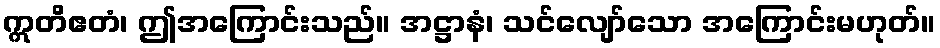
ဣတိဧတံ၊ ဤအကြောင်းသည်။ အဋ္ဌာနံ၊ သင်လျော်သော အကြောင်းမဟုတ်။